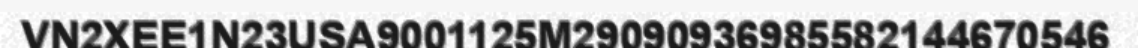
VN2XEE1N23USA9001125M29090936985582144670546